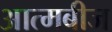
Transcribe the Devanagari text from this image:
आत्मबीज